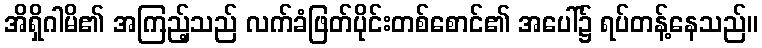
အိရှိဂါမိ၏ အကြည့်သည် လက်ခံဖြတ်ပိုင်းတစ်စောင်၏ အပေါ်၌ ရပ်တန့်နေသည်။